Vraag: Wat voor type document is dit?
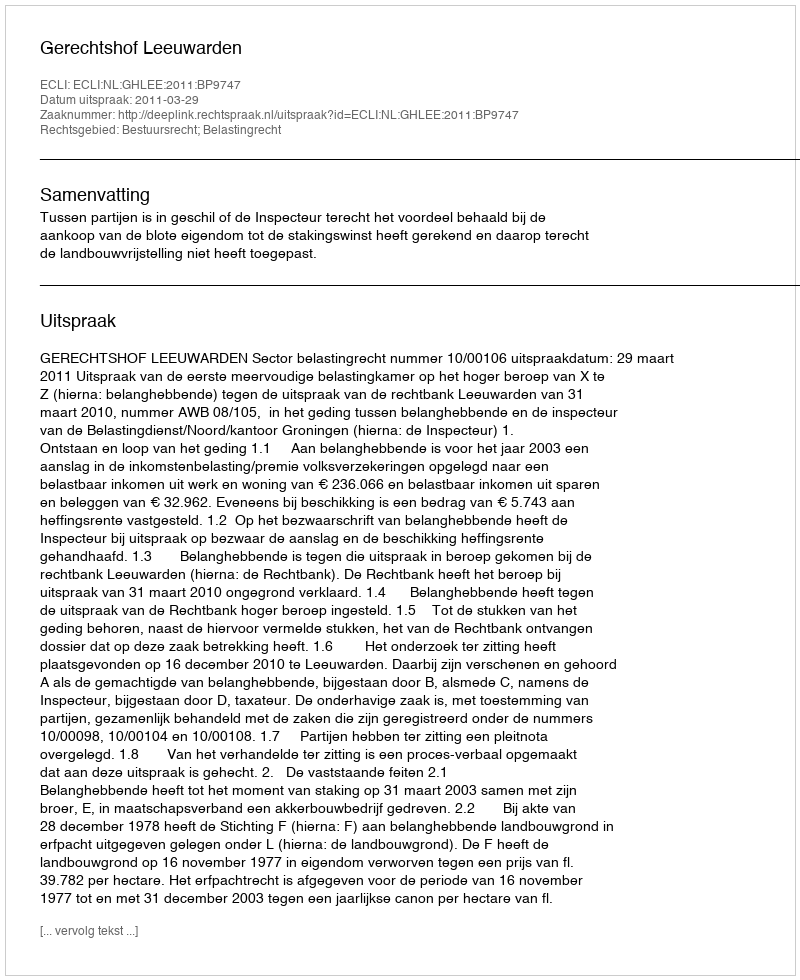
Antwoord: Uitspraak